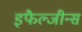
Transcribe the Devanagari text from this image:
इफैल्जीन्स